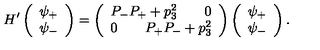
H ^ { \prime } \left( \begin{array} { c } { \psi _ { + } } \\ { \psi _ { - } } \\ \end{array} \right) = \left( \begin{array} { c } { P _ { - } P _ { + } + p _ { 3 } ^ { 2 } \qquad 0 } \\ { 0 \qquad P _ { + } P _ { - } + p _ { 3 } ^ { 2 } } \\ \end{array} \right) \left( \begin{array} { c } { \psi _ { + } } \\ { \psi _ { - } } \\ \end{array} \right) .